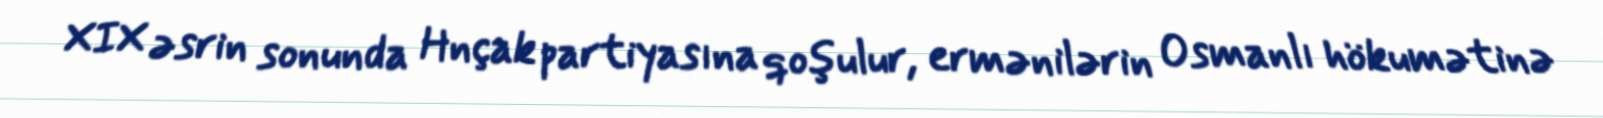
XIX əsrin sonunda Hnçak partiyasına qoşulur, ermənilərin Osmanlı hökumətinə